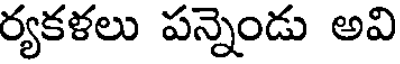
ర్యకళలు పన్నెండు అవి